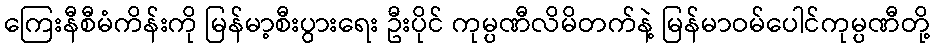
ကြေးနီစီမံကိန်းကို မြန်မာ့စီးပွားရေး ဦးပိုင် ကုမ္ပဏီလိမိတက်နဲ့ မြန်မာဝမ်ပေါင်ကုမ္ပဏီတို့